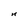
Character: n